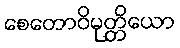
စေတောဝိမုတ္တိယော